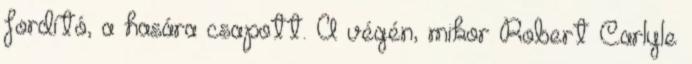
fordító, a hasára csapott. A végén, mikor Robert Carlyle